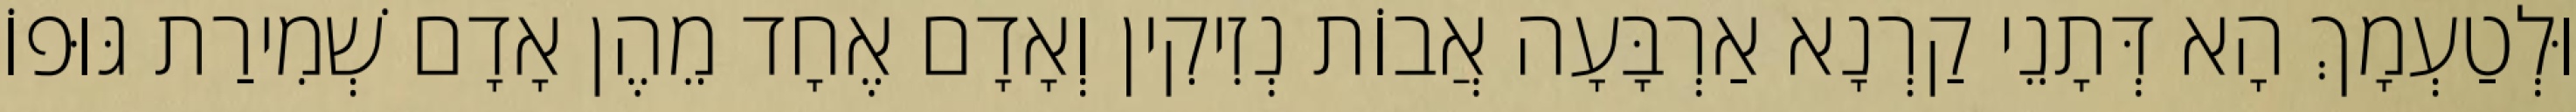
וּלְטַעְמָךְ הָא דְּתָנֵי קַרְנָא אַרְבָּעָה אֲבוֹת נְזִיקִין וְאָדָם אֶחָד מֵהֶן אָדָם שְׁמִירַת גּוּפוֹ